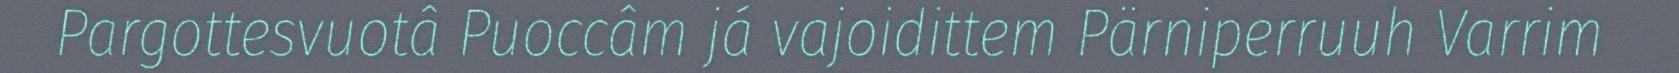
Pargottesvuotâ Puoccâm já vajoidittem Pärniperruuh Varrim